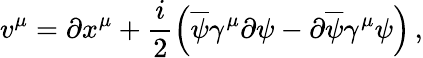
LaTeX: v^{\mu}=\partial x^{\mu}+\frac{i}{2}\left(\overline{{{\psi}}}\gamma^{\mu}\partial\psi-\partial\overline{{{\psi}}}\gamma^{\mu}\psi\right)\, ,